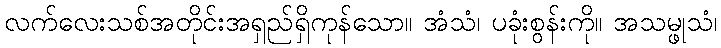
လက်လေးသစ်အတိုင်းအရှည်ရှိကုန်သော။ အံသံ၊ ပခုံးစွန်းကို။ အသမ္ဖုသံ၊